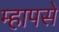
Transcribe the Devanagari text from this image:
म्हापसे